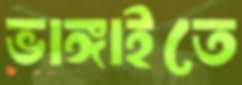
ভাঙ্গাইতে